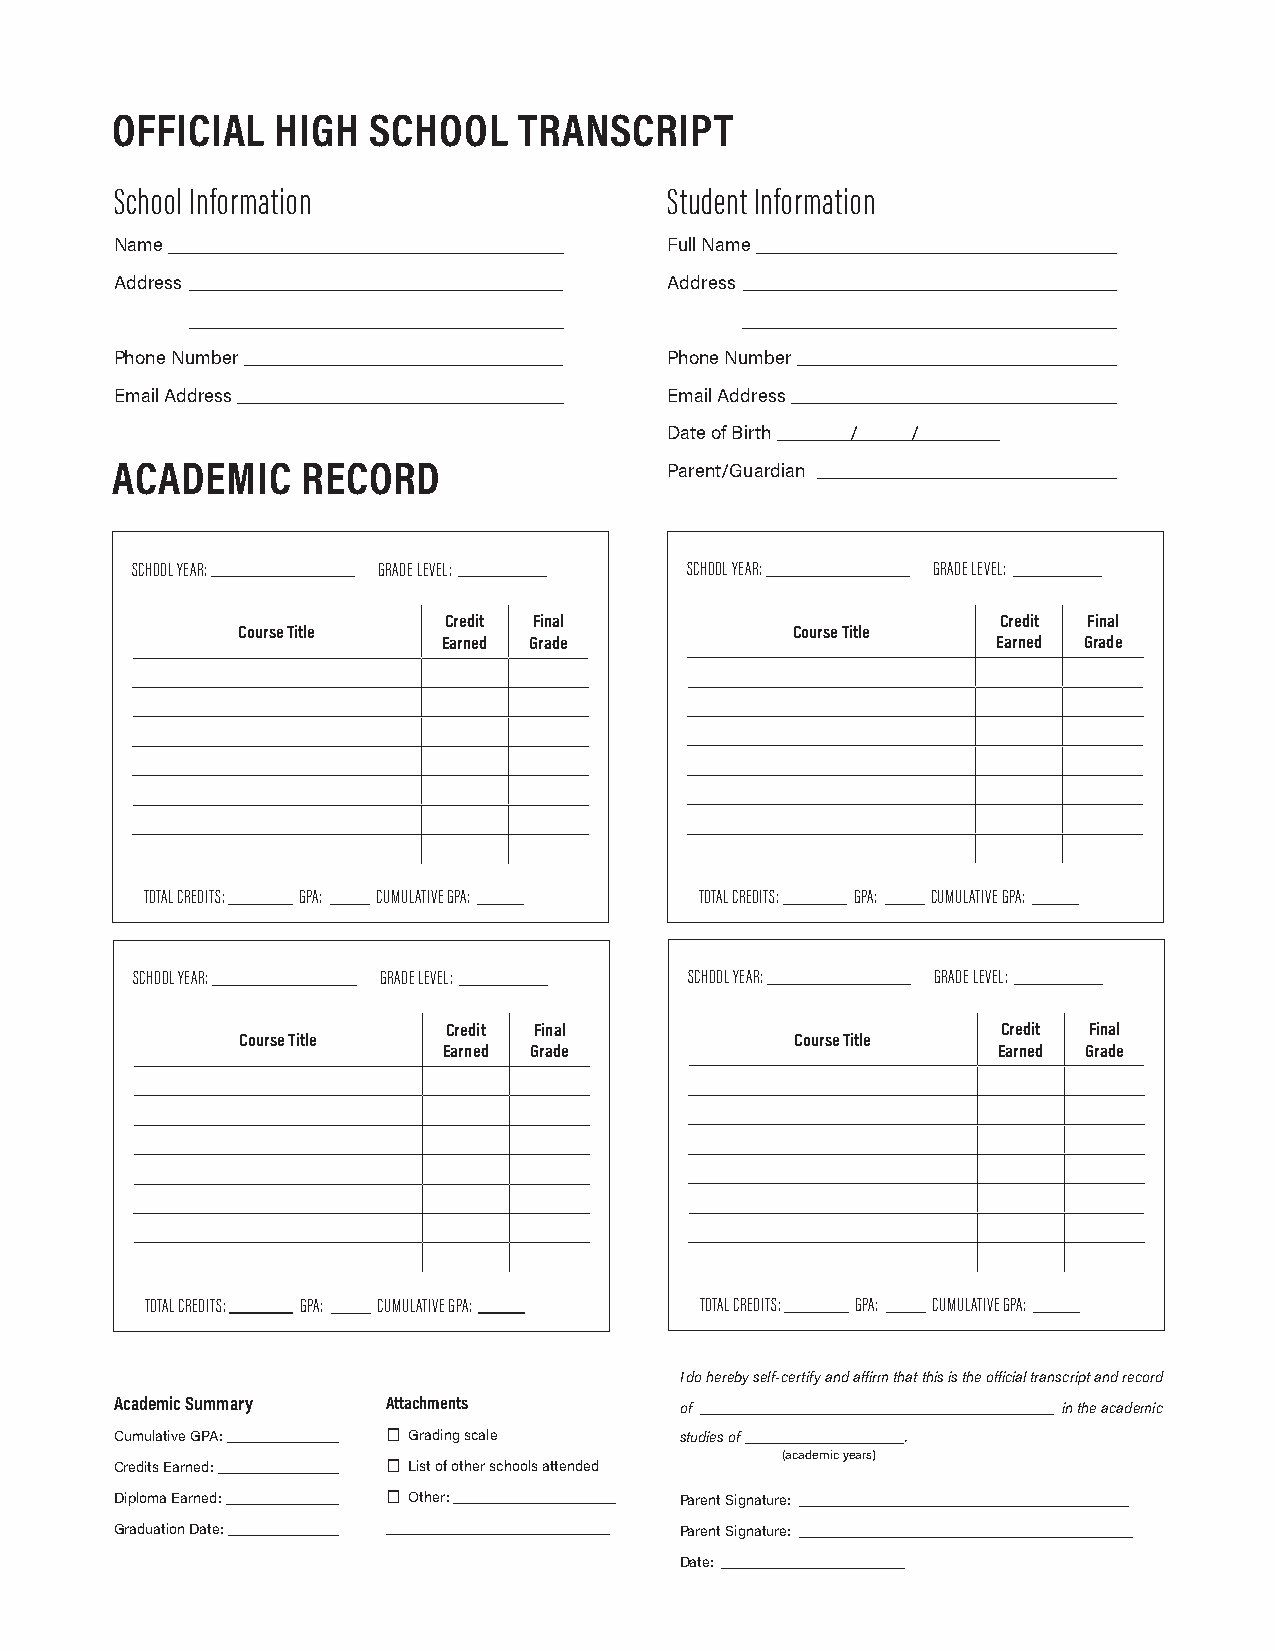
OFFICIAL   HIGH   SCHOOL   TRANSCRIPT
 School Information                  Student Information
 Name                                Full Name
 Address                             Address
 Phone Number                        Phone Number
 Email Address                       Email Address
 Date of Birth / /
 ACADEMIC     RECORD                  Parent/Guardian
 SCHOOL YEAR:    GRADE LEVEL:        SCHOOL YEAR:     GRADE LEVEL:
 Credit Final                         Credit Final
 Course Title                        Course Title
 Earned Grade                         Earned Grade
 TOTAL CREDITS: GPA: CUMULATIVE GPA: TOTAL CREDITS: GPA: CUMULATIVE GPA:
 SCHOOL YEAR:    GRADE LEVEL:         SCHOOL YEAR:    GRADE LEVEL:
 Credit Final                        Credit Final
 Course Title                         Course Title
 Earned Grade                         Earned Grade
 TOTAL CREDITS: GPA: CUMULATIVE GPA: TOTAL CREDITS: GPA: CUMULATIVE GPA:
 I do hereby self-certify and affirm that this is the official transcript and record
 Academic Summary  Attachments
 of                       in the academic
 Cumulative GPA:   ☐ Grading scale    studies of     .
 (academic years)
 Credits Earned:   ☐ List of other schools attended
 Diploma Earned:   ☐ Other:           Parent Signature:
 Graduation Date:                     Parent Signature:
 Date: